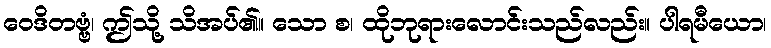
ဝေဒိတဗ္ဗံ၊ ဤသို့ သိအပ်၏။ သော စ၊ ထိုဘုရားလောင်းသည်လည်း။ ပါရမီယော၊